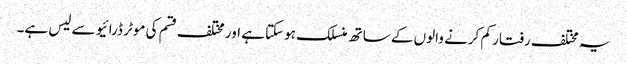
یہ مختلف رفتار کم کرنے والوں کے ساتھ منسلک ہوسکتا ہے اور مختلف قسم کی موٹر ڈرائیو سے لیس ہے۔